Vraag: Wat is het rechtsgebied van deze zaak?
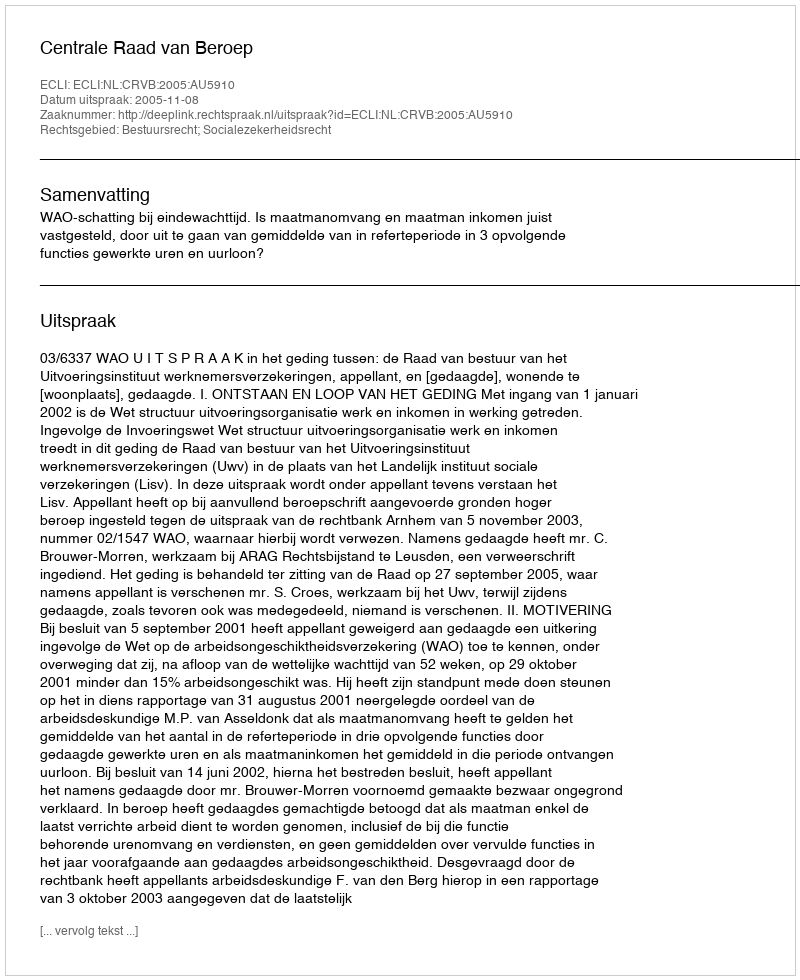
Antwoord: Bestuursrecht; Socialezekerheidsrecht